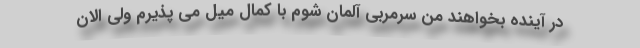
در آینده بخواهند من سرمربی آلمان شوم با کمال میل می پذیرم ولی الان